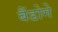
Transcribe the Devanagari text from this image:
बैंडोगे